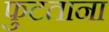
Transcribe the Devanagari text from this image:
फुटताना